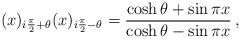
\begin{align*}(x)_{i\frac{\pi }{2}+\theta }(x)_{i\frac{\pi }{2}-\theta }=\frac{\cosh\theta +\sin \pi x}{\cosh \theta -\sin \pi x} \,,\end{align*}